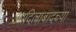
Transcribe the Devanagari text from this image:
आदिलाबादच्या